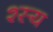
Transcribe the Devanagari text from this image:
श्स्य